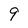
Character: 9